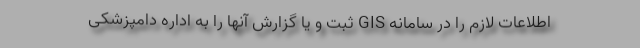
اطلاعات لازم را در سامانه GIS ثبت و یا گزارش آنها را به اداره دامپزشکی